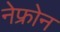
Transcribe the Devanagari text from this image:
नेफ्रोन